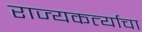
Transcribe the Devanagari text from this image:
राज्यकर्त्याचा